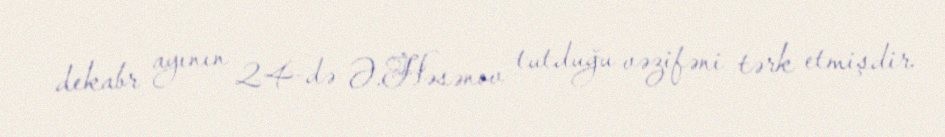
dekabr ayının 24-də Ə.Həsənov tutduğu vəzifəni tərk etmişdir.